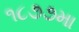
૧૮૭૭મા